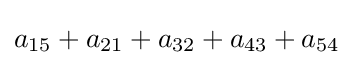
a_{15}+a_{21}+a_{32}+a_{43}+a_{54}